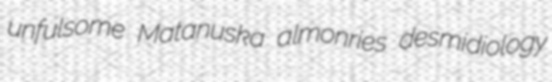
unfulsome Matanuska almonries desmidiology